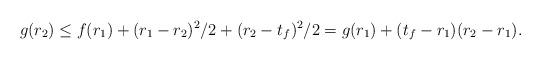
LaTeX: \begin{align*} g(r_2) \le f(r_1) + (r_1-r_2)^2/2 + (r_2-t_f)^2/2 = g(r_1) + (t_f - r_1)(r_2-r_1). \end{align*}